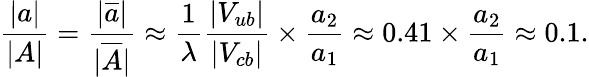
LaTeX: \frac{|a|}{|A|}=\frac{|\overline{{{a}}}|}{|\overline{{{A}}}|}\approx\frac{1}{\lambda}\frac{|V_{ub}|}{|V_{cb}|}\times\frac{a_{2}}{a_{1}}\approx 0.41\times\frac{a_{2}}{a_{1}}\approx 0.1.